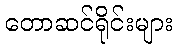
တောဆင်ရိုင်းများ